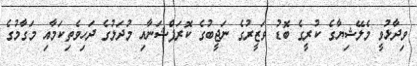
ވިދާޅުވީ މެލޭޝިޔާގެ ކުރީގެ ބޮޑު ވަޒީރުގެ ނަޖީބުގެ ކޮރަޕްޝަނާއި މުދަލުގެ ދަހިވެތިކަމާއި މަގާމުގެ